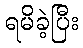
ရမိခဲ့ပြီး